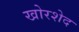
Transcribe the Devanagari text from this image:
खोरशेद